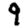
Digit: 9